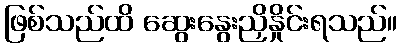
ဖြစ်သည်ထိ ဆွေးနွေးညှိနှိုင်းရသည်။